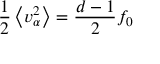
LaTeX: \frac { 1 } { 2 } \left\langle v _ { \alpha } ^ { 2 } \right\rangle = \frac { d - 1 } { 2 } f _ { 0 }